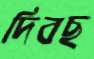
দিবছ